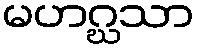
မဟဂ္ဃသာ